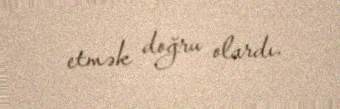
etmək doğru olardı.